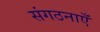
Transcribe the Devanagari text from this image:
संगठनाएँ